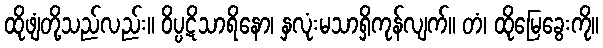
ထိုဖျံတို့သည်လည်း။ ဝိပ္ပဋိသာရိနော၊ နှလုံးမသာရှိကုန်လျက်။ တံ၊ ထိုမြေခွေးကို။